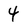
Character: 4